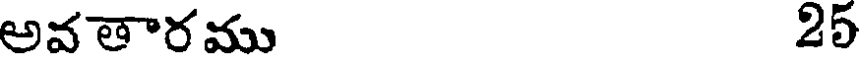
అవతారము 25